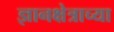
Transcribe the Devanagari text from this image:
ज्ञानक्षेत्राच्या